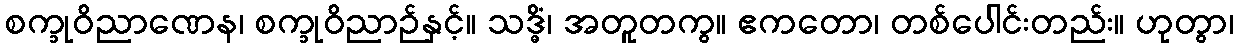
စက္ခုဝိညာဏေန၊ စက္ခုဝိညာဉ်နှင့်။ သဒ္ဓိံ၊ အတူတကွ။ ဧကတော၊ တစ်ပေါင်းတည်း။ ဟုတွာ၊